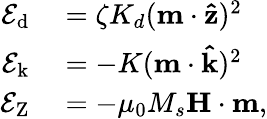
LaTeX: \begin{array}{rl}{\mathcal{E}_{\mathrm{d}}}&{{}=\zeta K_{d}(\mathbf{m\cdot\hat{z}})^{2}}\\ {\mathcal{E}_{\mathrm{k}}}&{{}=-K(\mathbf{m\cdot\hat{k}})^{2}}\\ {\mathcal{E}_{\mathrm{Z}}}&{{}=-\mu_{0}M_{s}\mathbf{H}\cdot\mathbf{m},}\end{array}